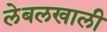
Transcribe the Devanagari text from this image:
लेबलखाली